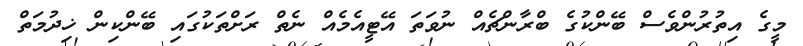
މީގެ އިތުރުންވެސް ބޭންކުގެ ބްރާންޗެއް ނުވަތަ އޭޓީއެމެއް ނެތް ރަށްތަކުގައި ބޭންކިން ޚިދުމަތް